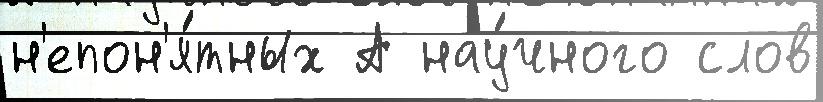
н'епон'я́тных А нау́чного слов